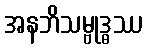
အနဘိသမ္ဗုဒ္ဓဿ